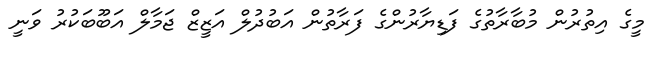
މީގެ އިތުރުން މުބާރާތުގެ ފަޑިޔާރުންގެ ފަރާތުން އަބުދުލް އަޒީޒް ޖަމާލް އަބޫބަކުރު ވަނީ